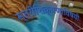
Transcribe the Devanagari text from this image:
स्त्रीशिक्षणाविषयी